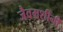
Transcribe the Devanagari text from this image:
जैवमशीनी